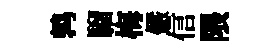
鹑騮梅儼信隈